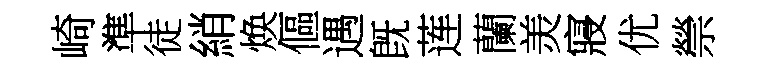
崎準徒綃焕傴遇旣莲蘭羙寢优禜